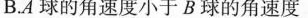
B.A球的角速度小于B球的角速度